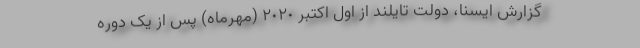
گزارش ایسنا، دولت تایلند از اول اکتبر ٢٠٢٠ (مهرماه) پس از یک دوره